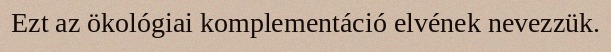
Ezt az ökológiai komplementáció elvének nevezzük.